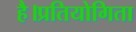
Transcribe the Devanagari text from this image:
है।प्रतियोगिता